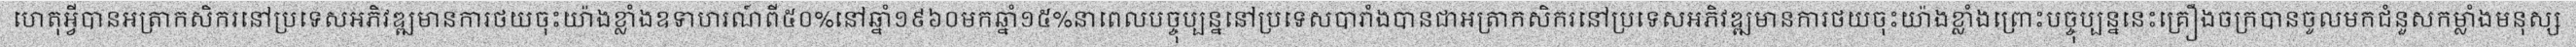
ហេតុអ្វីបានអត្រាកសិករនៅប្រទេសអភិវឌ្ឍមានការថយចុះយ៉ាងខ្លាំងឧទាហរណ៍ពី៥០%នៅឆ្នាំ១៩៦០មកឆ្នាំ១៥%នាពេលបច្ចុប្បន្ននៅប្រទេសបារាំងបានជាអត្រាកសិករនៅប្រទេសអភិវឌ្ឍមានការថយចុះយ៉ាងខ្លាំងព្រោះបច្ចុប្បន្ននេះគ្រឿងចក្របានចូលមកជំនួសកម្លាំងមនុស្ស